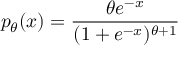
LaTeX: p _ { \theta } ( x ) = { \frac { \theta e ^ { - x } } { ( 1 + e ^ { - x } ) ^ { \theta + 1 } } }